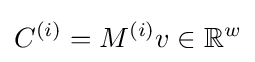
C^{(i)}=M^{(i)}v\in \mathbb {R} ^{w}